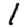
Digit: 1